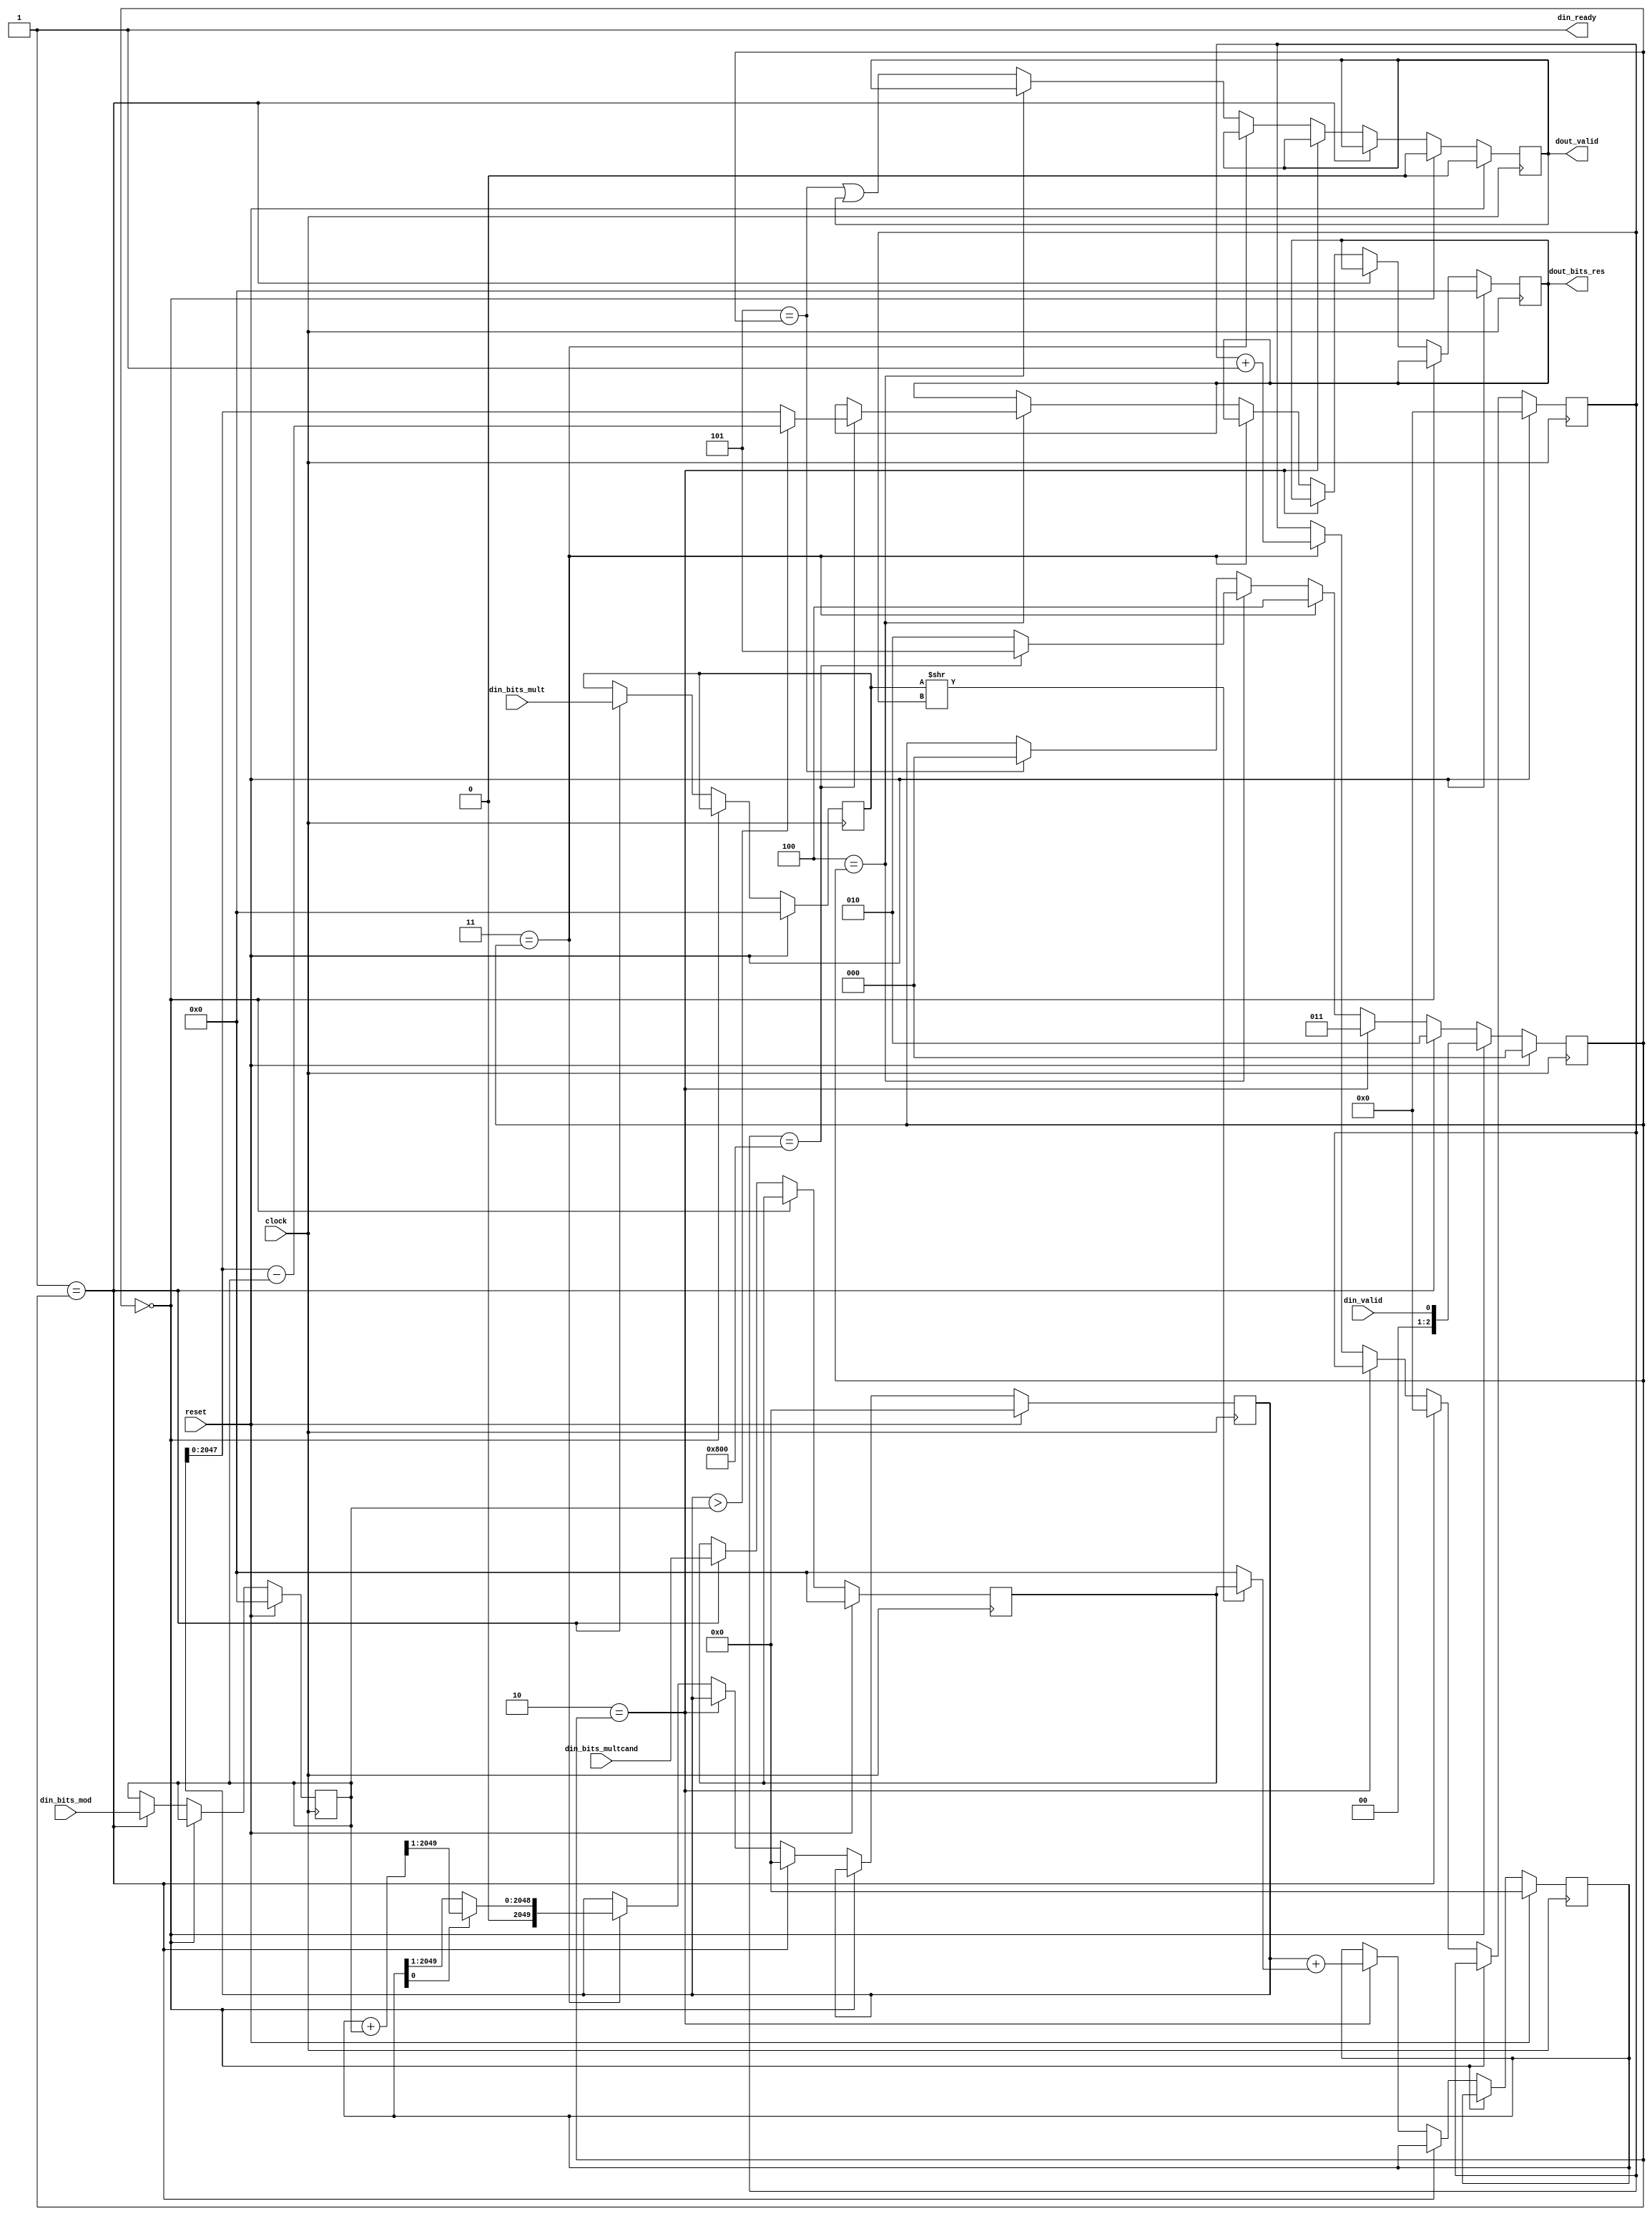
module ModMul_11_11(
  input           clock,
  input           reset,
  output          din_ready, // @[src/main/scala/operator/ModMul.scala 20:18]
  input           din_valid, // @[src/main/scala/operator/ModMul.scala 20:18]
  input  [2047:0] din_bits_mult, // @[src/main/scala/operator/ModMul.scala 20:18]
  input  [2047:0] din_bits_multcand, // @[src/main/scala/operator/ModMul.scala 20:18]
  input  [2047:0] din_bits_mod, // @[src/main/scala/operator/ModMul.scala 20:18]
  output          dout_valid, // @[src/main/scala/operator/ModMul.scala 21:18]
  output [2047:0] dout_bits_res // @[src/main/scala/operator/ModMul.scala 21:18]
);
`ifdef RANDOMIZE_REG_INIT
  reg [2079:0] _RAND_0;
  reg [2079:0] _RAND_1;
  reg [2047:0] _RAND_2;
  reg [2047:0] _RAND_3;
  reg [2047:0] _RAND_4;
  reg [2047:0] _RAND_5;
  reg [31:0] _RAND_6;
  reg [31:0] _RAND_7;
  reg [31:0] _RAND_8;
`endif // RANDOMIZE_REG_INIT
  reg [2049:0] p; // @[src/main/scala/operator/ModMul.scala 23:22]
  reg [2049:0] a; // @[src/main/scala/operator/ModMul.scala 24:22]
  reg [2047:0] x; // @[src/main/scala/operator/ModMul.scala 25:22]
  reg [2047:0] y; // @[src/main/scala/operator/ModMul.scala 26:22]
  reg [2047:0] m; // @[src/main/scala/operator/ModMul.scala 27:22]
  reg [2047:0] res; // @[src/main/scala/operator/ModMul.scala 28:22]
  reg  dout_valid_reg; // @[src/main/scala/operator/ModMul.scala 31:33]
  reg [11:0] count; // @[src/main/scala/operator/ModMul.scala 34:28]
  reg [2:0] status; // @[src/main/scala/operator/ModMul.scala 42:25]
  wire  _T_3 = din_ready & din_valid; // @[src/main/scala/operator/ModMul.scala 53:28]
  wire [2047:0] _a_T = x >> count; // @[src/main/scala/operator/ModMul.scala 72:32]
  wire [2047:0] _a_T_2 = _a_T[0] ? y : 2048'h0; // @[src/main/scala/operator/ModMul.scala 72:30]
  wire [2049:0] _GEN_37 = {{2'd0}, _a_T_2}; // @[src/main/scala/operator/ModMul.scala 72:25]
  wire [2049:0] _a_T_4 = p + _GEN_37; // @[src/main/scala/operator/ModMul.scala 72:25]
  wire [2049:0] _GEN_38 = {{2'd0}, m}; // @[src/main/scala/operator/ModMul.scala 77:36]
  wire [2049:0] _p_T_2 = a + _GEN_38; // @[src/main/scala/operator/ModMul.scala 77:36]
  wire [2049:0] _p_T_3 = {{1'd0}, _p_T_2[2049:1]}; // @[src/main/scala/operator/ModMul.scala 77:41]
  wire [2049:0] _p_T_4 = {{1'd0}, a[2049:1]}; // @[src/main/scala/operator/ModMul.scala 77:51]
  wire [2049:0] _p_T_5 = a[0] ? _p_T_3 : _p_T_4; // @[src/main/scala/operator/ModMul.scala 77:26]
  wire [11:0] _count_T_1 = count + 12'h1; // @[src/main/scala/operator/ModMul.scala 78:29]
  wire  _T_16 = count == 12'h800; // @[src/main/scala/operator/ModMul.scala 83:24]
  wire [2049:0] _res_T_2 = p - _GEN_38; // @[src/main/scala/operator/ModMul.scala 85:40]
  wire [2049:0] _res_T_3 = p > _GEN_38 ? _res_T_2 : p; // @[src/main/scala/operator/ModMul.scala 85:30]
  wire [2049:0] _GEN_1 = _T_16 ? _res_T_3 : {{2'd0}, res}; // @[src/main/scala/operator/ModMul.scala 84:13 28:22 85:24]
  wire [2:0] _GEN_2 = _T_16 ? 3'h5 : 3'h2; // @[src/main/scala/operator/ModMul.scala 84:13 86:24 89:24]
  wire  _GEN_3 = 3'h5 == status | dout_valid_reg; // @[src/main/scala/operator/ModMul.scala 49:5 94:28 31:33]
  wire [2:0] _GEN_4 = 3'h5 == status ? 3'h0 : status; // @[src/main/scala/operator/ModMul.scala 49:5 95:20 42:25]
  wire [2049:0] _GEN_5 = 3'h4 == status ? _GEN_1 : {{2'd0}, res}; // @[src/main/scala/operator/ModMul.scala 28:22 49:5]
  wire [2:0] _GEN_6 = 3'h4 == status ? _GEN_2 : _GEN_4; // @[src/main/scala/operator/ModMul.scala 49:5]
  wire  _GEN_7 = 3'h4 == status ? dout_valid_reg : _GEN_3; // @[src/main/scala/operator/ModMul.scala 31:33 49:5]
  wire [2049:0] _GEN_8 = 3'h3 == status ? _p_T_5 : p; // @[src/main/scala/operator/ModMul.scala 49:5 77:20 23:22]
  wire [11:0] _GEN_9 = 3'h3 == status ? _count_T_1 : count; // @[src/main/scala/operator/ModMul.scala 49:5 78:20 34:28]
  wire [2:0] _GEN_10 = 3'h3 == status ? 3'h4 : _GEN_6; // @[src/main/scala/operator/ModMul.scala 49:5 79:20]
  wire [2049:0] _GEN_11 = 3'h3 == status ? {{2'd0}, res} : _GEN_5; // @[src/main/scala/operator/ModMul.scala 28:22 49:5]
  wire  _GEN_12 = 3'h3 == status ? dout_valid_reg : _GEN_7; // @[src/main/scala/operator/ModMul.scala 31:33 49:5]
  wire [2049:0] _GEN_17 = 3'h2 == status ? {{2'd0}, res} : _GEN_11; // @[src/main/scala/operator/ModMul.scala 28:22 49:5]
  wire [2049:0] _GEN_26 = 3'h1 == status ? {{2'd0}, res} : _GEN_17; // @[src/main/scala/operator/ModMul.scala 28:22 49:5]
  wire [2049:0] _GEN_36 = 3'h0 == status ? {{2'd0}, res} : _GEN_26; // @[src/main/scala/operator/ModMul.scala 28:22 49:5]
  wire [2049:0] _GEN_43 = reset ? 2050'h0 : _GEN_36; // @[src/main/scala/operator/ModMul.scala 28:{22,22}]
  assign din_ready = 1'h1; // @[src/main/scala/operator/ModMul.scala 44:19]
  assign dout_valid = dout_valid_reg; // @[src/main/scala/operator/ModMul.scala 45:19]
  assign dout_bits_res = res; // @[src/main/scala/operator/ModMul.scala 46:19]
  always @(posedge clock) begin
    if (reset) begin // @[src/main/scala/operator/ModMul.scala 23:22]
      p <= 2050'h0; // @[src/main/scala/operator/ModMul.scala 23:22]
    end else if (!(3'h0 == status)) begin // @[src/main/scala/operator/ModMul.scala 49:5]
      if (3'h1 == status) begin // @[src/main/scala/operator/ModMul.scala 49:5]
        p <= 2050'h0; // @[src/main/scala/operator/ModMul.scala 66:24]
      end else if (!(3'h2 == status)) begin // @[src/main/scala/operator/ModMul.scala 49:5]
        p <= _GEN_8;
      end
    end
    if (reset) begin // @[src/main/scala/operator/ModMul.scala 24:22]
      a <= 2050'h0; // @[src/main/scala/operator/ModMul.scala 24:22]
    end else if (!(3'h0 == status)) begin // @[src/main/scala/operator/ModMul.scala 49:5]
      if (!(3'h1 == status)) begin // @[src/main/scala/operator/ModMul.scala 49:5]
        if (3'h2 == status) begin // @[src/main/scala/operator/ModMul.scala 49:5]
          a <= _a_T_4; // @[src/main/scala/operator/ModMul.scala 72:20]
        end
      end
    end
    if (reset) begin // @[src/main/scala/operator/ModMul.scala 25:22]
      x <= 2048'h0; // @[src/main/scala/operator/ModMul.scala 25:22]
    end else if (!(3'h0 == status)) begin // @[src/main/scala/operator/ModMul.scala 49:5]
      if (3'h1 == status) begin // @[src/main/scala/operator/ModMul.scala 49:5]
        x <= din_bits_mult; // @[src/main/scala/operator/ModMul.scala 63:24]
      end
    end
    if (reset) begin // @[src/main/scala/operator/ModMul.scala 26:22]
      y <= 2048'h0; // @[src/main/scala/operator/ModMul.scala 26:22]
    end else if (!(3'h0 == status)) begin // @[src/main/scala/operator/ModMul.scala 49:5]
      if (3'h1 == status) begin // @[src/main/scala/operator/ModMul.scala 49:5]
        y <= din_bits_multcand; // @[src/main/scala/operator/ModMul.scala 64:24]
      end
    end
    if (reset) begin // @[src/main/scala/operator/ModMul.scala 27:22]
      m <= 2048'h0; // @[src/main/scala/operator/ModMul.scala 27:22]
    end else if (!(3'h0 == status)) begin // @[src/main/scala/operator/ModMul.scala 49:5]
      if (3'h1 == status) begin // @[src/main/scala/operator/ModMul.scala 49:5]
        m <= din_bits_mod; // @[src/main/scala/operator/ModMul.scala 65:24]
      end
    end
    res <= _GEN_43[2047:0]; // @[src/main/scala/operator/ModMul.scala 28:{22,22}]
    if (reset) begin // @[src/main/scala/operator/ModMul.scala 31:33]
      dout_valid_reg <= 1'h0; // @[src/main/scala/operator/ModMul.scala 31:33]
    end else if (3'h0 == status) begin // @[src/main/scala/operator/ModMul.scala 49:5]
      dout_valid_reg <= 1'h0; // @[src/main/scala/operator/ModMul.scala 52:28]
    end else if (!(3'h1 == status)) begin // @[src/main/scala/operator/ModMul.scala 49:5]
      if (!(3'h2 == status)) begin // @[src/main/scala/operator/ModMul.scala 49:5]
        dout_valid_reg <= _GEN_12;
      end
    end
    if (reset) begin // @[src/main/scala/operator/ModMul.scala 34:28]
      count <= 12'h0; // @[src/main/scala/operator/ModMul.scala 34:28]
    end else if (!(3'h0 == status)) begin // @[src/main/scala/operator/ModMul.scala 49:5]
      if (3'h1 == status) begin // @[src/main/scala/operator/ModMul.scala 49:5]
        count <= 12'h0; // @[src/main/scala/operator/ModMul.scala 67:24]
      end else if (!(3'h2 == status)) begin // @[src/main/scala/operator/ModMul.scala 49:5]
        count <= _GEN_9;
      end
    end
    if (reset) begin // @[src/main/scala/operator/ModMul.scala 42:25]
      status <= 3'h0; // @[src/main/scala/operator/ModMul.scala 42:25]
    end else if (3'h0 == status) begin // @[src/main/scala/operator/ModMul.scala 49:5]
      status <= {{2'd0}, _T_3};
    end else if (3'h1 == status) begin // @[src/main/scala/operator/ModMul.scala 49:5]
      status <= 3'h2; // @[src/main/scala/operator/ModMul.scala 68:24]
    end else if (3'h2 == status) begin // @[src/main/scala/operator/ModMul.scala 49:5]
      status <= 3'h3; // @[src/main/scala/operator/ModMul.scala 73:20]
    end else begin
      status <= _GEN_10;
    end
  end
// Register and memory initialization
`ifdef RANDOMIZE_GARBAGE_ASSIGN
`define RANDOMIZE
`endif
`ifdef RANDOMIZE_INVALID_ASSIGN
`define RANDOMIZE
`endif
`ifdef RANDOMIZE_REG_INIT
`define RANDOMIZE
`endif
`ifdef RANDOMIZE_MEM_INIT
`define RANDOMIZE
`endif
`ifndef RANDOM
`define RANDOM $random
`endif
`ifdef RANDOMIZE_MEM_INIT
  integer initvar;
`endif
`ifndef SYNTHESIS
`ifdef FIRRTL_BEFORE_INITIAL
`FIRRTL_BEFORE_INITIAL
`endif
initial begin
  `ifdef RANDOMIZE
    `ifdef INIT_RANDOM
      `INIT_RANDOM
    `endif
    `ifndef VERILATOR
      `ifdef RANDOMIZE_DELAY
        #`RANDOMIZE_DELAY begin end
      `else
        #0.002 begin end
      `endif
    `endif
`ifdef RANDOMIZE_REG_INIT
  _RAND_0 = {65{`RANDOM}};
  p = _RAND_0[2049:0];
  _RAND_1 = {65{`RANDOM}};
  a = _RAND_1[2049:0];
  _RAND_2 = {64{`RANDOM}};
  x = _RAND_2[2047:0];
  _RAND_3 = {64{`RANDOM}};
  y = _RAND_3[2047:0];
  _RAND_4 = {64{`RANDOM}};
  m = _RAND_4[2047:0];
  _RAND_5 = {64{`RANDOM}};
  res = _RAND_5[2047:0];
  _RAND_6 = {1{`RANDOM}};
  dout_valid_reg = _RAND_6[0:0];
  _RAND_7 = {1{`RANDOM}};
  count = _RAND_7[11:0];
  _RAND_8 = {1{`RANDOM}};
  status = _RAND_8[2:0];
`endif // RANDOMIZE_REG_INIT
  `endif // RANDOMIZE
end // initial
`ifdef FIRRTL_AFTER_INITIAL
`FIRRTL_AFTER_INITIAL
`endif
`endif // SYNTHESIS
endmodule